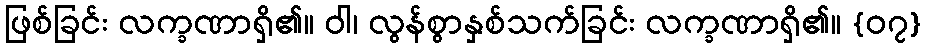
ဖြစ်ခြင်း လက္ခဏာရှိ၏။ ဝါ၊ လွန်စွာနှစ်သက်ခြင်း လက္ခဏာရှိ၏။ {၀၇}